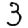
Digit: 3